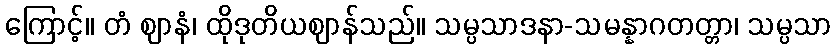
ကြောင့်။ တံ ဈာနံ၊ ထိုဒုတိယဈာန်သည်။ သမ္ပသာဒနာ-သမန္နာဂတတ္တာ၊ သမ္ပသာ